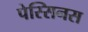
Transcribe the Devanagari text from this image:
पेस्सिनस